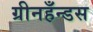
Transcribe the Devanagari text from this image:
ग्रीनहँन्डस